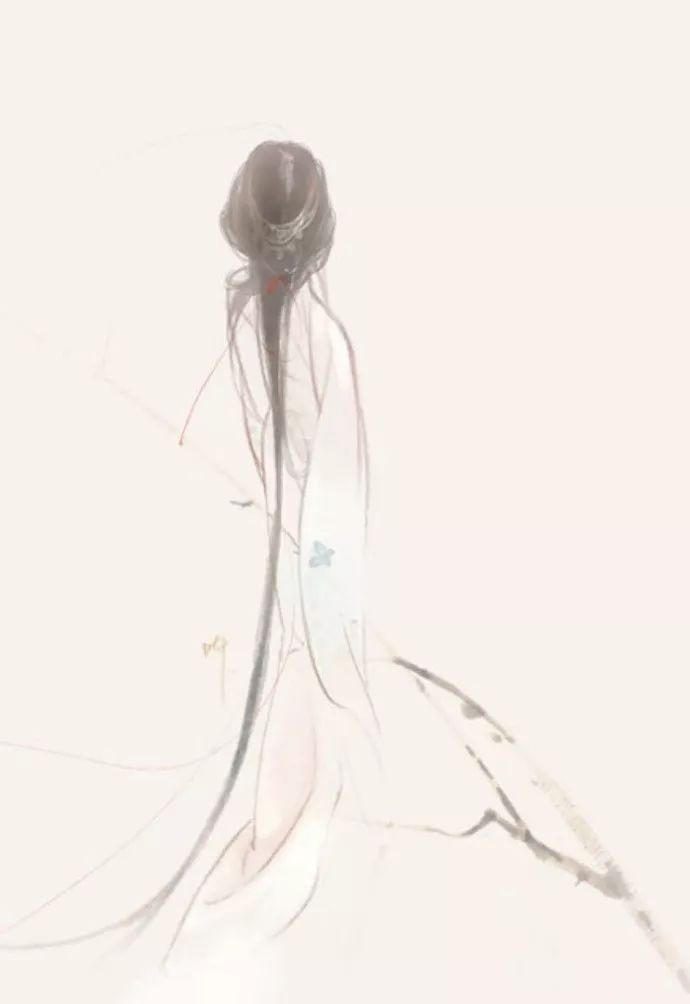
上有流思人，怀旧望归客。